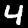
Digit: 4